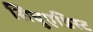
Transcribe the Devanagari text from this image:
सिचुएश्निस्ट